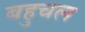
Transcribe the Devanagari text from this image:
बहुचल